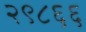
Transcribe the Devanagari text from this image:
२९८६६